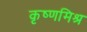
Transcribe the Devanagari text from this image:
कृष्णमिश्र